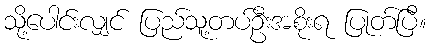
သို့ပေါင်းလျှင် ပြည်သူ့တပ်ဦးအစိုးရ ပြုတ်ပြီ။